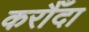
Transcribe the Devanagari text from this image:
करौँदा